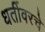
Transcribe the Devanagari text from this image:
धर्तीवरचे